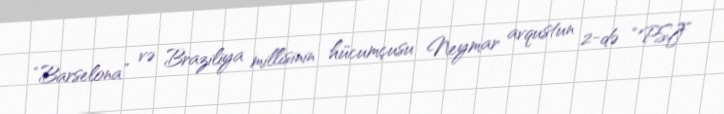
“Barselona” və Braziliya millisinin hücumçusu Neymar avqustun 2-də “PSJ”